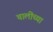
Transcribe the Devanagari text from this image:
चालींच्या